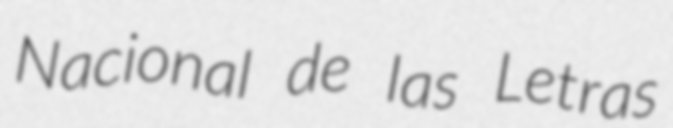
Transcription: Nacional de las Letras